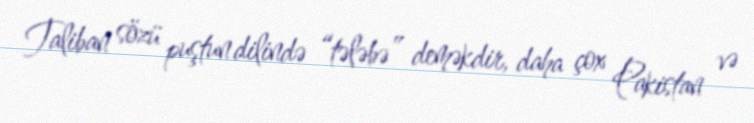
Taliban sözü puştun dilində “tələbə” deməkdir, daha çox Pakistan və